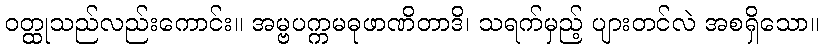
ဝတ္ထုသည်လည်းကောင်း။ အမ္ဗပက္ကမဓုဖာဏိတာဒိ၊ သရက်မှည့် ပျားတင်လဲ အစရှိသော။